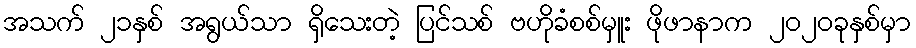
အသက် ၂၁နှစ် အရွယ်သာ ရှိသေးတဲ့ ပြင်သစ် ဗဟိုခံစစ်မှူး ဖိုဖာနာက ၂၀၂၀ခုနှစ်မှာ